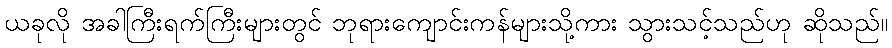
ယခုလို အခါကြီးရက်ကြီးများတွင် ဘုရားကျောင်းကန်များသို့ကား သွားသင့်သည်ဟု ဆိုသည်။